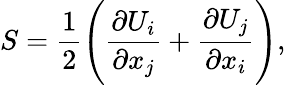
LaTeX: S=\frac{1}{2}\Bigg(\frac{\partial U_{i}}{\partial x_{j}}+\frac{\partial U_{j}}{\partial x_{i}}\Bigg),